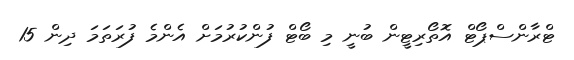
ޓްރާންސްޕޯޓް އޮތޯރިޓީން ބުނީ މި ބޯޓް ފުންކުރުމަށް އެންމެ ފުރަތަމަ ދިން 15